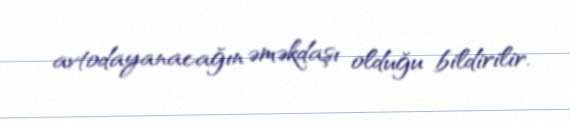
avtodayanacağın əməkdaşı olduğu bildirilir.